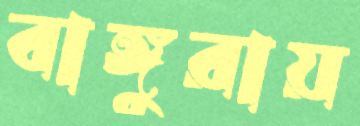
বাঙ্গুরায়